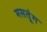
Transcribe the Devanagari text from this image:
मसतूंग